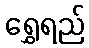
ရွှေရည်